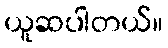
ယူဆပါတယ်။